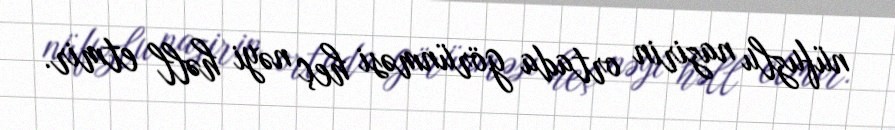
nüfuzlu nazirin ortada görünməsi heç nəyi həll etmir.